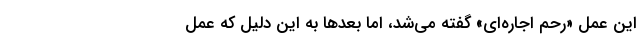
این عمل «رحم اجاره‌ای» گفته می‌شد، اما بعد‌ها به این دلیل که عمل